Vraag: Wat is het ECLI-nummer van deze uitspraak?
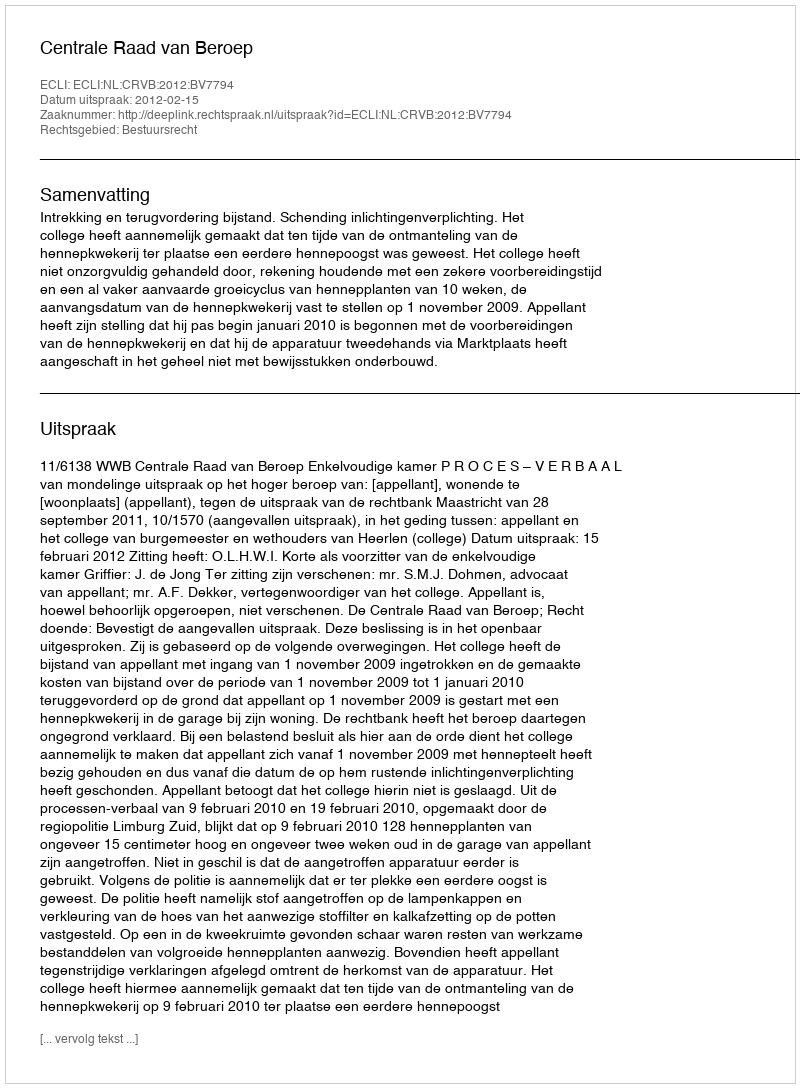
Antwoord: ECLI:NL:CRVB:2012:BV7794